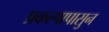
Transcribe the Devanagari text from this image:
प्रकल्पापासुन